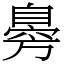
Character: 臱